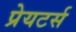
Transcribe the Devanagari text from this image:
प्रेयटर्स